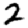
Digit: 2